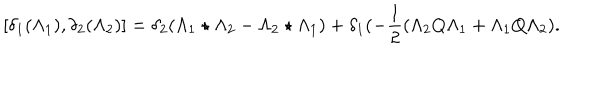
[ \delta _ { 1 } ( \Lambda _ { 1 } ) , \delta _ { 2 } ( \Lambda _ { 2 } ) ] = \delta _ { 2 } ( \Lambda _ { 1 } \star \Lambda _ { 2 } - \Lambda _ { 2 } \star \Lambda _ { 1 } ) + \delta _ { 1 } ( - \frac { 1 } { 2 } ( \Lambda _ { 2 } Q \Lambda _ { 1 } + \Lambda _ { 1 } Q \Lambda _ { 2 } ) .